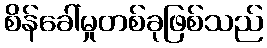
စိန်ခေါ်မှုတစ်ခုဖြစ်သည်